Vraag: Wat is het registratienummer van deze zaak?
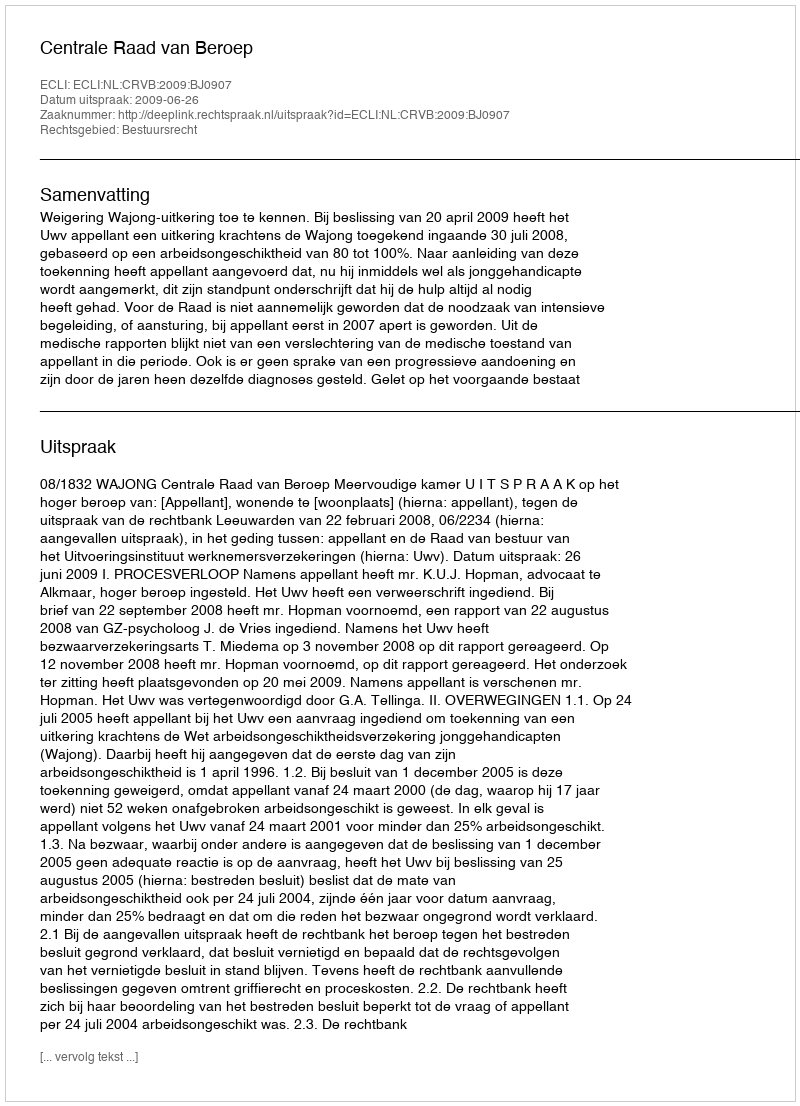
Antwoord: http://deeplink.rechtspraak.nl/uitspraak?id=ECLI:NL:CRVB:2009:BJ0907